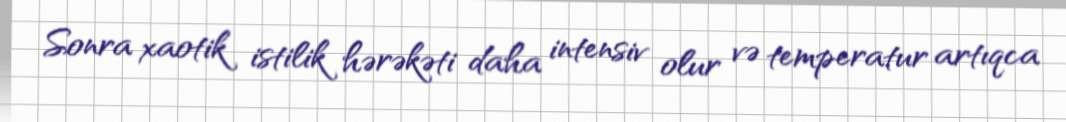
Sonra xaotik istilik hərəkəti daha intensiv olur və temperatur artıqca